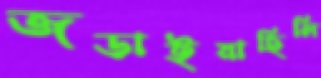
জড়াইয়াছিলি